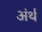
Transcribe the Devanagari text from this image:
अंर्थ